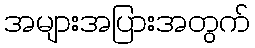
အများအပြားအတွက်